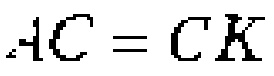
\(AC = CK\)